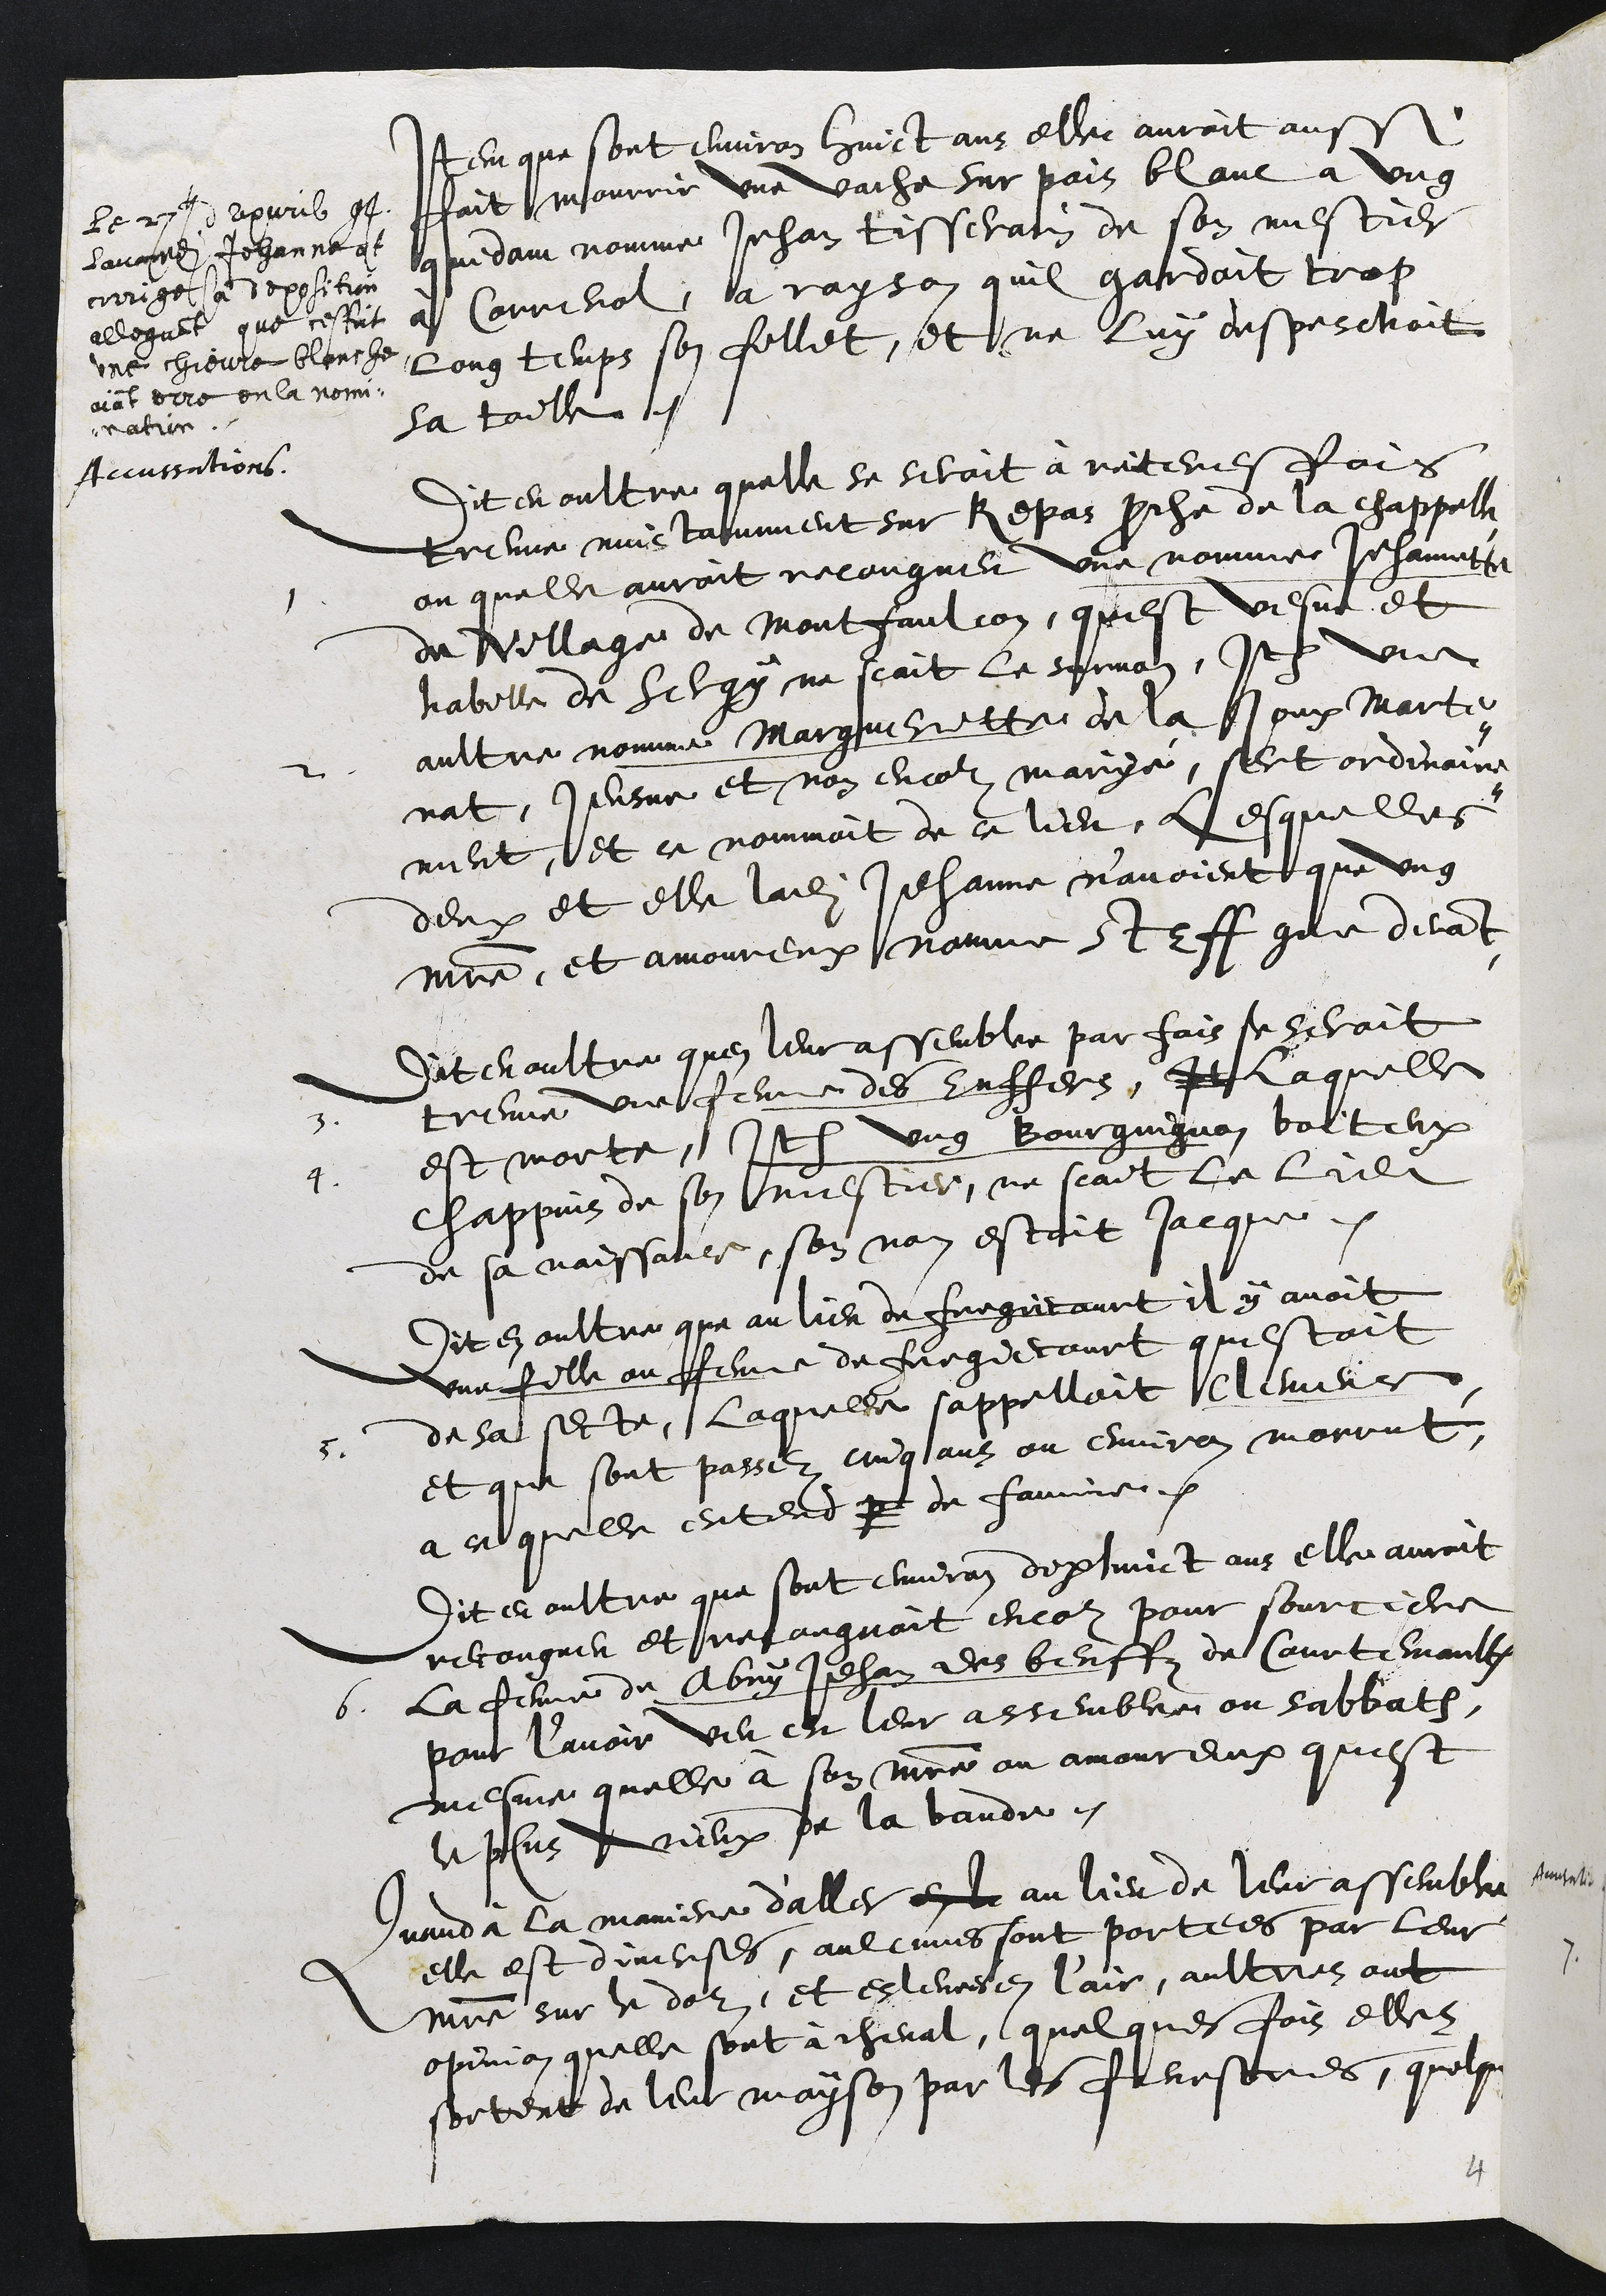
Item que sont environ huict ans elle auroit aussi
fait mourrir une vache sur pois blanc a ung
quidam nomme Jehan tisserain de son mestier
à Correnol, a rayson quil gardoit trop
long temps son fillet, et ne luy despeschoit
sa toille.
Le 27e dapvril 94
lavantdite Jehanne at
corrige sa deposition
alleguant que cestoit
une chievre blanche
aiant erre en la nomi¬
nation,
Accussations.
Dit en oultre quelle se seroit à reiteresfois
treuve nuictamment sur Repas proche de la chappelle
ou quelle auroit recongneu
1
une nomme Jehannette
du Village de Montfaulcon, quest vesve et
habille de Sergy, ne scait le surnom,
2
Item une
aultre nomme Margueritte de la Joux Marte¬
nat, Jeusne et non encor maryé, sert ordinaire¬
ment, et ce nommoit de ce lieu, Lesquelles
deux et elle ladite Jehanne n'avoient que ung
maistre, et amoureux nomme Steff comme devant
Dit en oultre quen leur assemble par fois se seroit
treuve
3
une femme des Enffers, It laquelle
est morte,
4.
Item ung Bourguignon boiteux
chappuis de son mestier, ne scait le lieu
de sa naissance, son non estoit Jacque.
Dit en oultre que au lieu de fregiecourt il y avoit
5
une fille ou femme de fregiecourt questoit
de sa secte, laquelle sappelloit Clemence
et que sont passez cinq ans ou environ morrut
a ce quelle entendu p de famine.
Dit en oultre que sont environ dix huict ans elle auroit
recongneu et recongnoit encor pour sourciere
6.
La femme de Abry Jehan des beuffz de Courtemaultruy
pour l’avoir veu en leur assemblee ou sabbath.
mesme quelle à son maistre ou amoureux quest
le plus vieux de la bande.
Quand à la maniere d'aller en le au lieu de leur assemblee
elle est diverses, aulcunes sont portees par leur
maistre sur le doz, et eslevees en l'air, aultres ont
opinion quelle sont à cheval, quelques fois elles
sortent de leur mayson par les fenestres, quelque
4